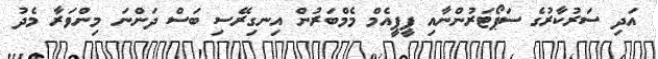
އަދި ސަރުކާރުގެ ސަޕޯޓަރުންނާއި ޕީޕީއެމް މެމްބަރުން އިނގިރޭސި ބަސް ދަންނަ މިންވަރާ މެދު